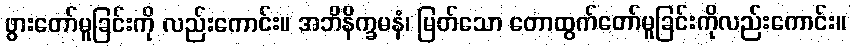
ဖွားတော်မူခြင်းကို လည်းကောင်း။ အဘိနိက္ခမနံ၊ မြတ်သော တောထွက်တော်မူခြင်းကိုလည်းကောင်း။